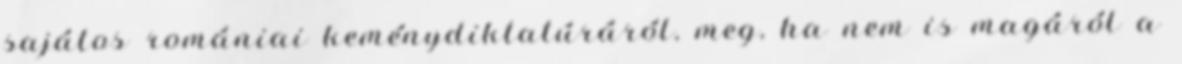
sajátos romániai keménydiktatúráról, meg, ha nem is magáról a